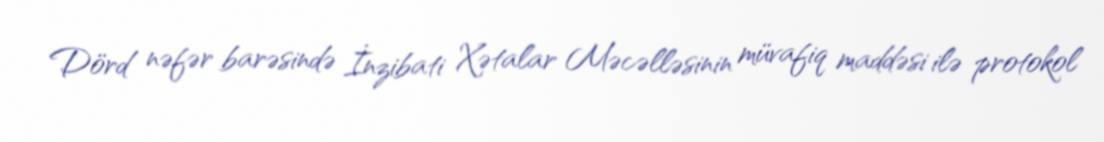
Dörd nəfər barəsində İnzibati Xətalar Məcəlləsinin müvafiq maddəsi ilə protokol